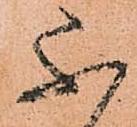
不